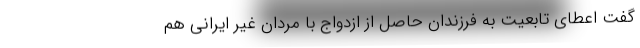
گفت اعطای تابعیت به فرزندان حاصل از ازدواج با مردان غیر ایرانی هم